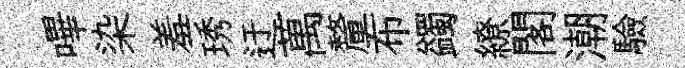
嗶染羞琇迂萬釐布蠲繚閣潮驗